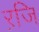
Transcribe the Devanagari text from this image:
ऱजि